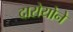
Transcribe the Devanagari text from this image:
दारोयोने